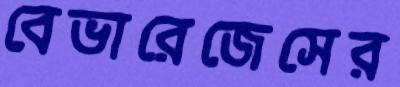
বেভারেজেসের